Annual report on the working of the lock hospitals in the Central Provinces
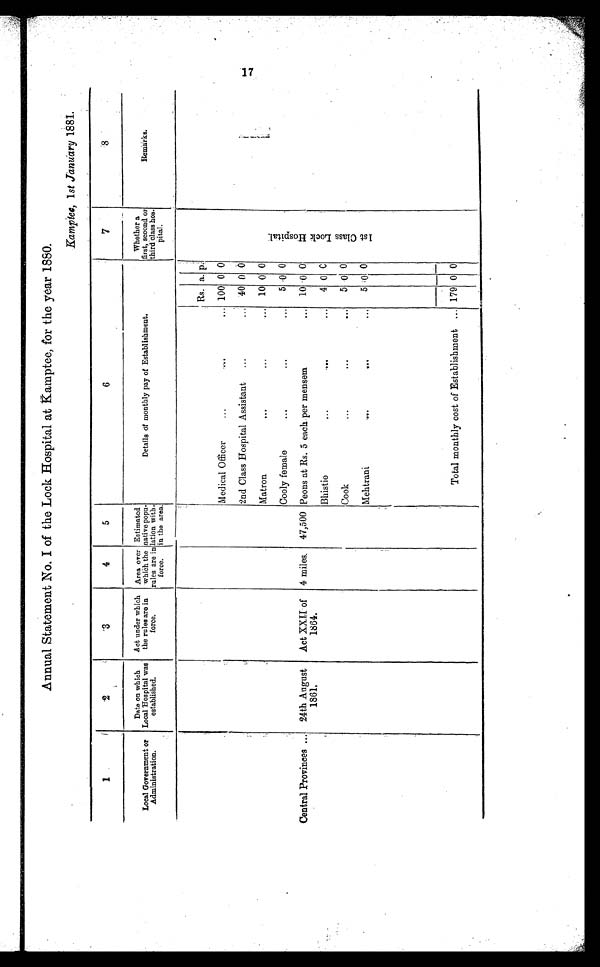
Annual Statement No. I of the Lock Hospital at Kamptee, for the year 1880.
Kamptee, 1 st January 1881.
1
2
3
4
5
6
7
8
Local Government or
Administration.
Date on which
Local Hospital was
established.
Act under which
the rules are in
force.
Area over
which the
rules are in
force.
Estimated
native popu-
lation with-
in the area.
Details of monthly pay of Establishment.
Whether a
first, second or
third class hos-
pital.
Remarks.
Rs. a. p.
1 s t C l a s s L o c k H o s p i t a l .
Medical Officer
...
....
... 100 0 0
2nd Class Hospital Assistant
...
... 40 0 0
Matron
...
... ••• 10 0 0
Cooly female
•••
...
...
5 0 0
Central Provinces .. 24th August
1861.
Act XXII of
1864.
4 miles. 47,500 Peons at Rs. 5 each per mensem
... 10 0 0
Bhistie
...
-...
...
4 0 0
Cook
...
g•G
...
5 0 0
Mehtrani
,v.
v•.
•••
5 0 0
Total monthly cost of Establishment ...
1 7 9
0
0